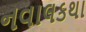
નવાલકથા